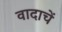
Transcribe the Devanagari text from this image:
वादाचें